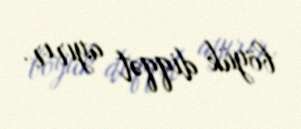
böyük diqqət ayırır.